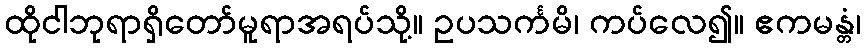
ထိုငါဘုရာရှိတော်မူရာအရပ်သို့။ ဥပသင်္ကမိ၊ ကပ်လေ၍။ ဧကမန္တံ၊